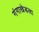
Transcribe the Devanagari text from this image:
गंगाखेडला